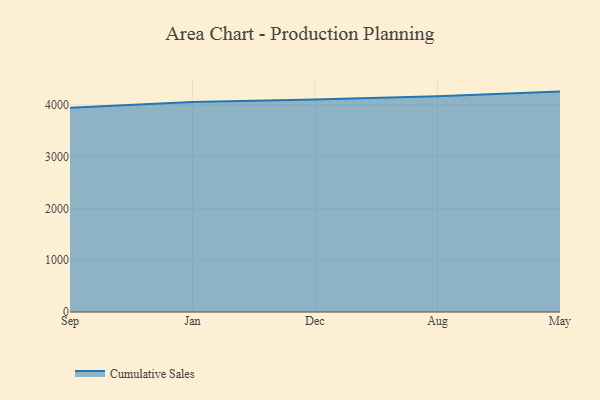
{"axis": {"x": "Month", "y": "Satisfaction Score"}, "legend": ["Cumulative Sales"], "data": [{"x": "Sep", "y": 3943.6, "type": "Cumulative Sales"}, {"x": "Jan", "y": 4054.6, "type": "Cumulative Sales"}, {"x": "Dec", "y": 4101.6, "type": "Cumulative Sales"}, {"x": "Aug", "y": 4163.7, "type": "Cumulative Sales"}, {"x": "May", "y": 4253.9, "type": "Cumulative Sales"}]}